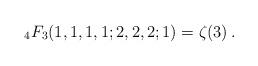
LaTeX: \begin{align*} _4F_3(1,1,1,1;2,2,2;1)=\zeta(3)\,.\end{align*}